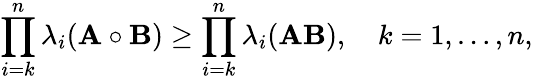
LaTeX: \prod_{i=k}^{n}\lambda_{i}(\mathbf{A}\circ\mathbf{B})\geq\prod_{i=k}^{n}\lambda_{i}(\mathbf{A}\mathbf{B}),\quad k=1,\ldots,n,